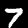
Label: 7